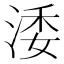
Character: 涹